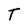
Character: T